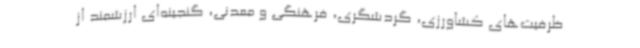
ظرفیت‌های کشاورزی، گردشگری، فرهنگی و معدنی، گنجینه‌ای ارزشمند از